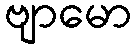
ဗျာမော